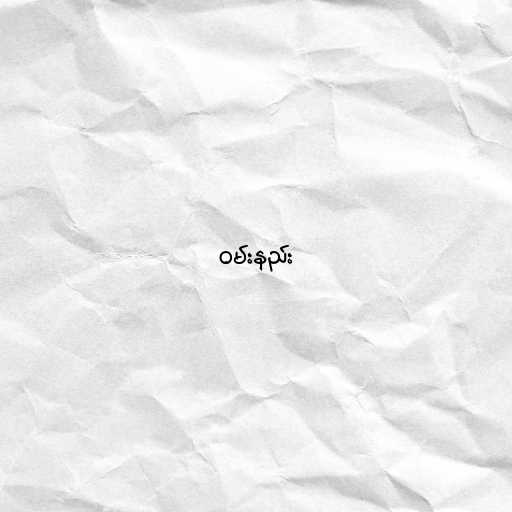
ဝမ်းနည်း